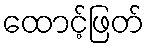
ထောင့်ဖြတ်